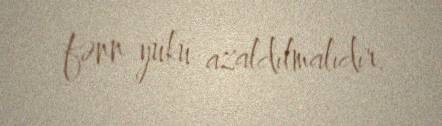
fənn yükü azaldılmalıdır.